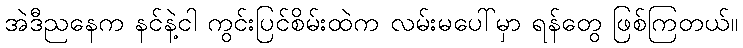
အဲဒီညနေက နင်နဲ့ငါ ကွင်းပြင်စိမ်းထဲက လမ်းမပေါ်မှာ ရန်တွေ ဖြစ်ကြတယ်။